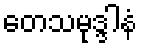
တေသမုဒ္ဒါနံ